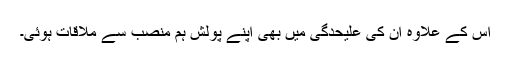
اس کے علاوہ ان کی علیحدگی میں بھی اپنے پولش ہم منصب سے ملاقات ہوئی۔